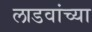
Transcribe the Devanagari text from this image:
लाडवांच्या